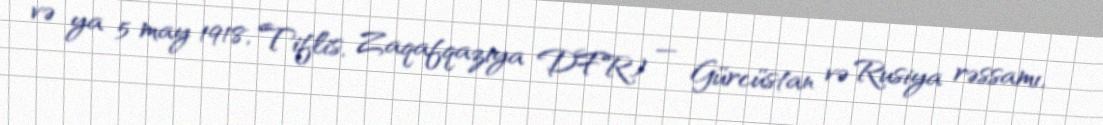
və ya 5 may 1918, Tiflis, Zaqafqaziya DFR) — Gürcüstan və Rusiya rəssamı,